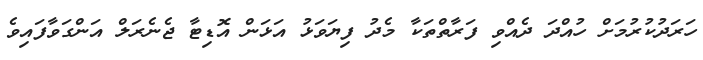
ހަރަދުކުރުމަށް ހުއްދަ ދެއްވި ފަރާތްތަކާ މެދު ފިޔަވަޅު އަޅަން އޮޑިޓާ ޖެނެރަލް އަންގަވާފައިވެ